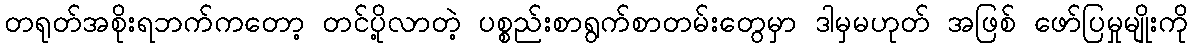
တရုတ်အစိုးရဘက်ကတော့ တင်ပို့လာတဲ့ ပစ္စည်းစာရွက်စာတမ်းတွေမှာ ဒါမှမဟုတ် အဖြစ် ဖော်ပြမှုမျိုးကို